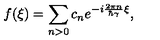
f ( \xi ) = \sum _ { n > 0 } c _ { n } e ^ { - i \frac { 2 \pi n } { \hbar \gamma } \xi } ,